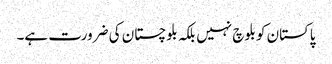
پاکستان کو بلوچ نہیں بلکہ بلوچستان کی ضرورت ہے۔